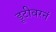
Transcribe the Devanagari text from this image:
डूटीवरनं